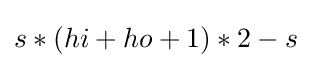
s*(hi+ho+1)*2-s